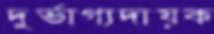
দুর্ভাগ্যদায়ক